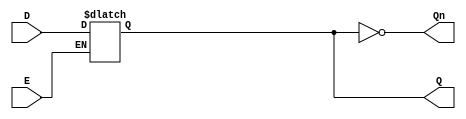
module GatedDLatch (
    input wire D,      // Data input
    input wire E,      // Enable signal
    output reg Q,      // Output
    output wire Qn     // Complement of Q
);

    // Complement of Q
    assign Qn = ~Q;

    always @(*) begin
        if (E) begin
            Q = D;  // Capture D when E is high
        end
        // When E is low, Q retains its last value (latching behavior)
    end

endmodule